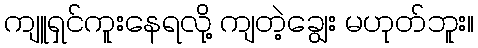
ကျူရှင်ကူးနေရလို့ ကျတဲ့ချွေး မဟုတ်ဘူး။